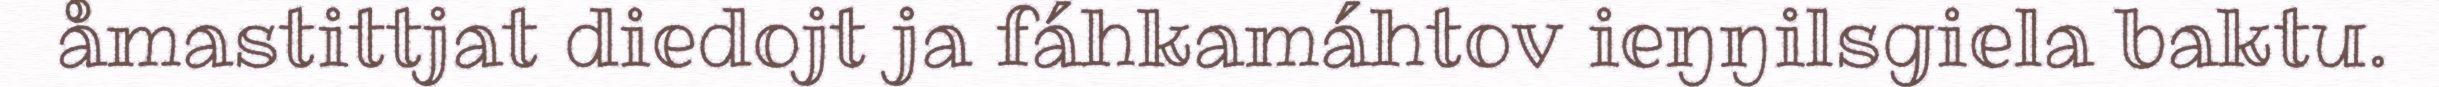
åmastittjat diedojt ja fáhkamáhtov ieŋŋilsgiela baktu.